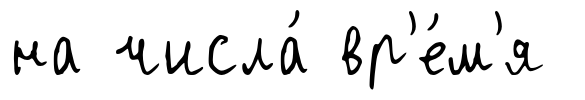
на числа́ вр'е́м'я